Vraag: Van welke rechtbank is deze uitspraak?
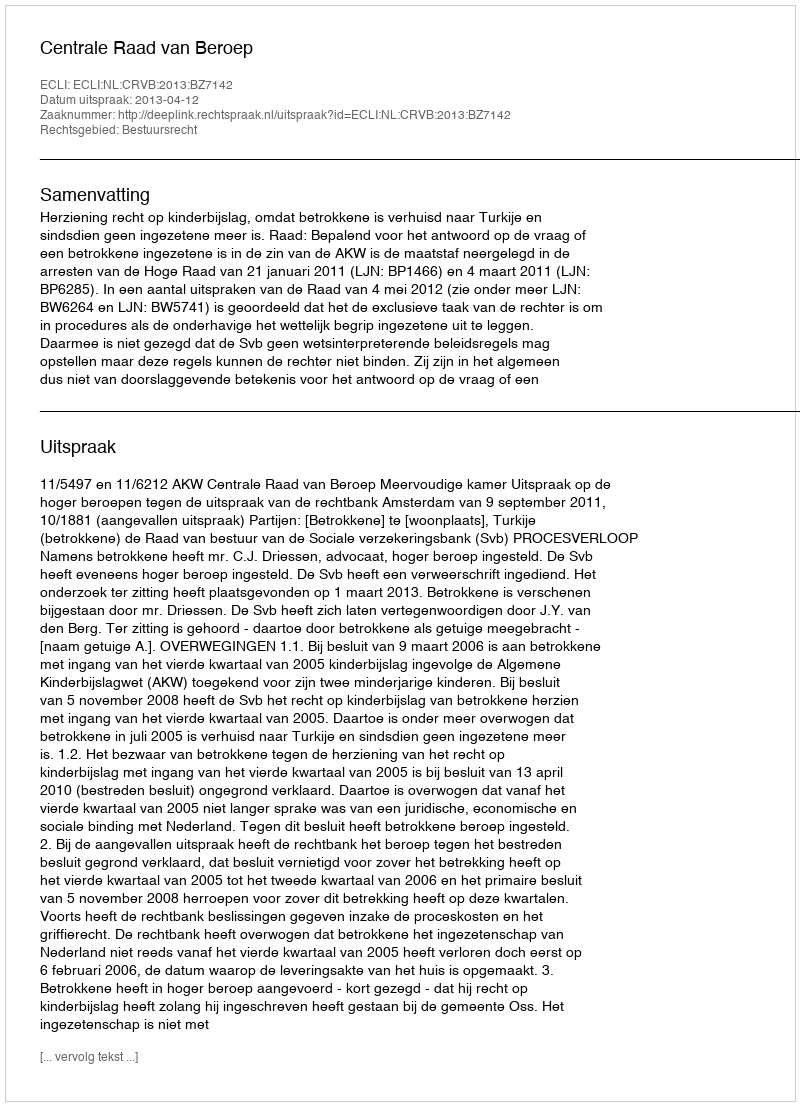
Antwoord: Centrale Raad van Beroep